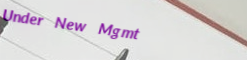
Under New Mgmt